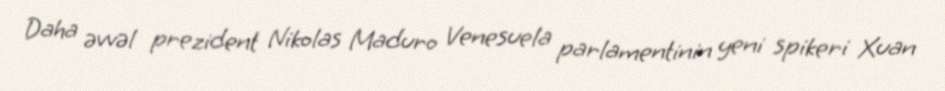
Daha əvvəl prezident Nikolas Maduro Venesuela parlamentinin yeni spikeri Xuan